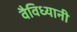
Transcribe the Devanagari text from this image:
वैविध्यानी